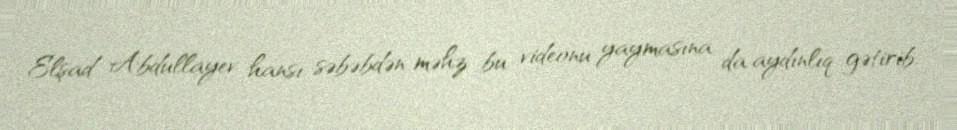
Elşad Abdullayev hansı səbəbdən məhz bu videonu yaymasına da aydınlıq gətirib.